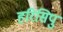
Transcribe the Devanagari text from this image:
हरिसिपु